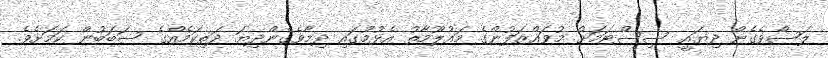
ލަސްވެެގެން ދިޔައީ ސިސްޓަމަށް މުވައްޒަފުންގެ މައުލޫމާތު އެޅުމުގައި ދިމާވެގެންދިޔަ ދަތިކަމެއްގެ ސަބަބުން ކަމަށެވެ.